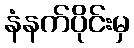
နံနက်ပိုင်းမှ